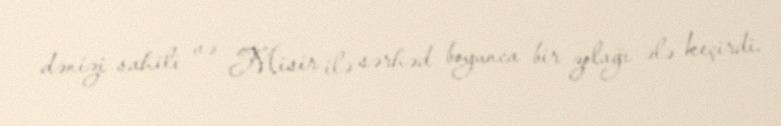
dənizi sahili və Misir ilə sərhəd boyunca bir zolağı ələ keçirdi.